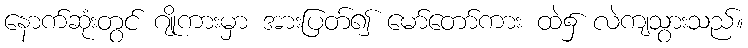
နောက်ဆုံးတွင် ဂျိုကားမှာ အားပြတ်၍ မော်တော်ကား ထဲ၌ လဲကျသွားသည်။